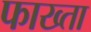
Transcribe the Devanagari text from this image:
फाख्‍ता